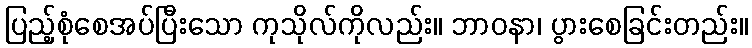
ပြည့်စုံစေအပ်ပြီးသော ကုသိုလ်ကိုလည်း။ ဘာဝနာ၊ ပွားစေခြင်းတည်း။